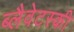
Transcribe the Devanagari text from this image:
ब्लैवेटस्की